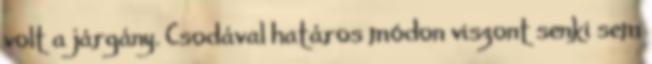
volt a járgány. Csodával határos módon viszont senki sem